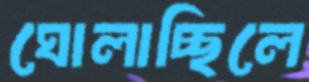
ঘোলাচ্ছিলে